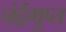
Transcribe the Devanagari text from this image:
चंर्द्रगुप्त